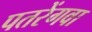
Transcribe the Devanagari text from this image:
पतरेंगवा